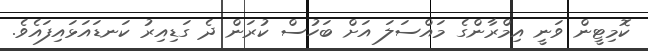
ކޮމިޓީން ވަނީ އިމްރާންގެ މައްސަލަ އަށް ބަހުސް ކުރަން ދެ ގަޑިއިރު ކަނޑައަޅައިފައެވެ.